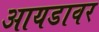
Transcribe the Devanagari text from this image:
आयडावर